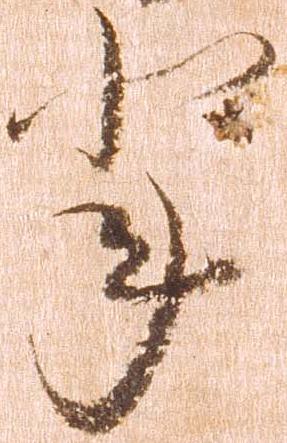
輩